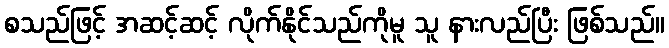
စသည်ဖြင့် အဆင့်ဆင့် လိုက်နိုင်သည်ကိုမူ သူ နားလည်ပြီး ဖြစ်သည်။